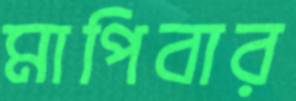
মাপিবার